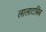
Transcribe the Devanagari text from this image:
लालाटबिंब